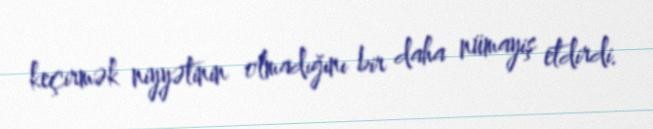
keçirmək niyyətinin olmadığını bir daha nümayiş etdirdi.